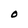
Character: O